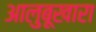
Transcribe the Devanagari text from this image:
आलुबूखारा